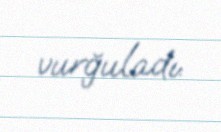
vurğuladı.